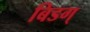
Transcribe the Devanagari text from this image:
बिडग्